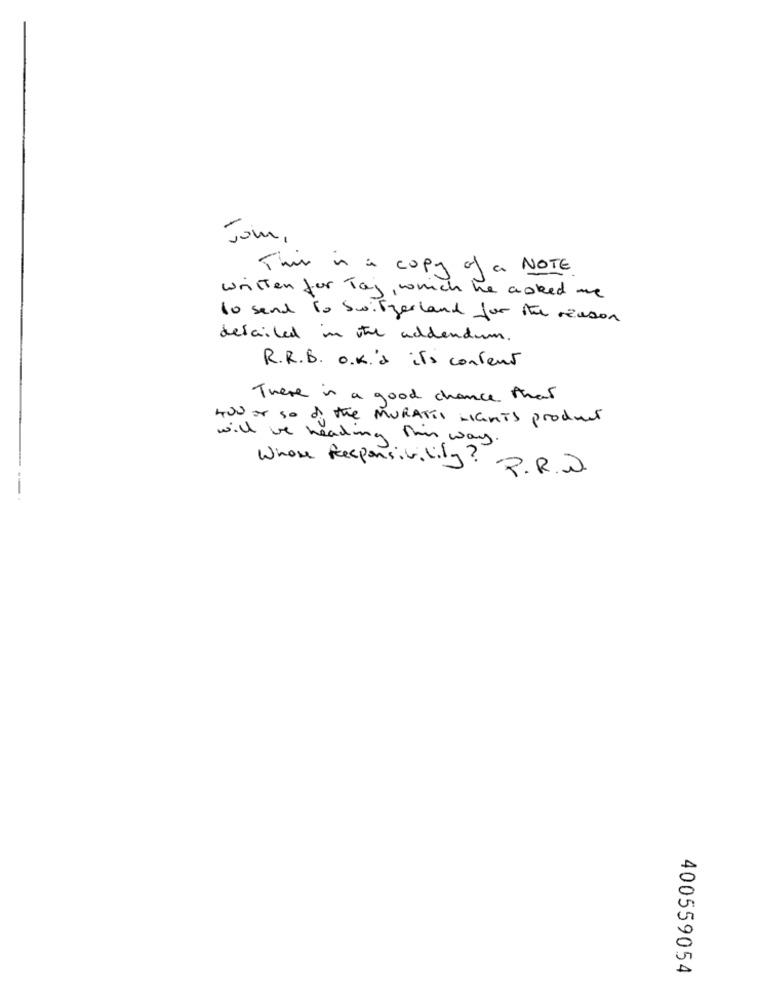
Jom,
This is a copy of a NOTE
written for Taj, which he asked me
to send to Switzerland for the reason
detailed in the addendum.
R.R.B. o.k.'s its content
There is a good chance that
400 or so of the MURATTI LIGHTS product
will be heading this way.
Whose Responsibility
P.R.D.
400559054